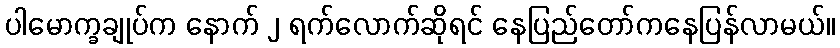
ပါမောက္ခချုပ်က နောက် ၂ ရက်လောက်ဆိုရင် နေပြည်တော်ကနေပြန်လာမယ်။